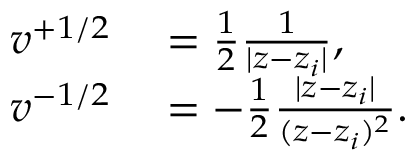
\begin{array} { r l } { v ^ { + 1 / 2 } } & { { } = \frac { 1 } { 2 } \frac { 1 } { | z - z _ { i } | } , } \\ { v ^ { - 1 / 2 } } & { { } = - \frac { 1 } { 2 } \frac { | z - z _ { i } | } { ( z - z _ { i } ) ^ { 2 } } . } \end{array}